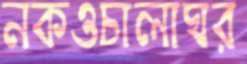
নকওচালাঘর